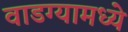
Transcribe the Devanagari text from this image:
वाडग्यामध्ये